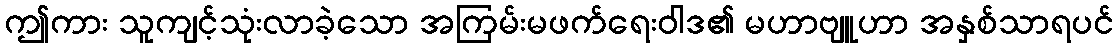
ဤကား သူကျင့်သုံးလာခဲ့သော အကြမ်းမဖက်ရေးဝါဒ၏ မဟာဗျူဟာ အနှစ်သာရပင်